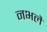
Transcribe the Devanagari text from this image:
नभलै